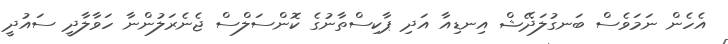
އެހެން ނަމަވެސް ބަނގުލަދޭޝް އިނޑިއާ އަދި ޕާކިސްތާނުގެ ކޮންސަލްސް ޖެނެރަލުންނާ ހަވާލާދީ ސައުދީ